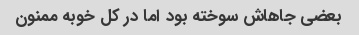
بعضی جاهاش سوخته بود اما در کل خوبه ممنون